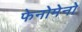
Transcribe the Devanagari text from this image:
फेनोमेनो